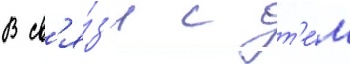
В св'я́з'и с т'е́м